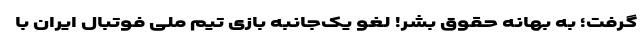
گرفت؛ به بهانه حقوق بشر! لغو یک‌جانبه بازی تیم ملی فوتبال ایران با